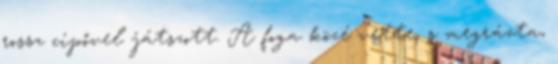
rossz cipővel játszott. A foga közé vette, s megrázta,